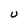
Character: U